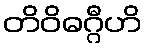
တိဝိဓဂ္ဂီဟိ